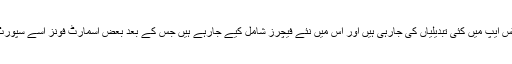
بلاگ کے مطابق واٹس ایپ میں کئی تبدیلیاں کی جارہی ہیں اور اس میں نئے فیچرز شامل کیے جارہے ہیں جس کے بعد بعض اسمارٹ فونز اسے سپورٹ نہیں کرسکیں گے۔